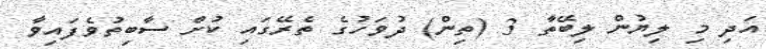
އަދި މި ލިޔުން ލިބޭތާ 3 (ތިން) ދުވަހުގެ ތެރޭގައި ކުށް ސާބިތުވެފައިވާ